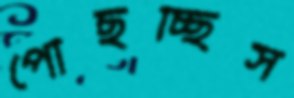
পৌঁছচ্ছিস